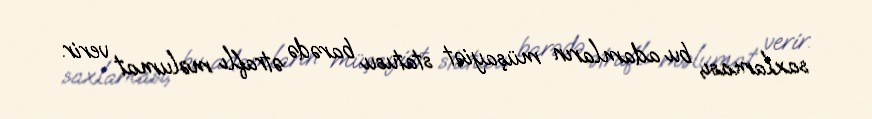
saxlaması, bu adamların müşayiət statusu barədə ətraflı məlumat verir.